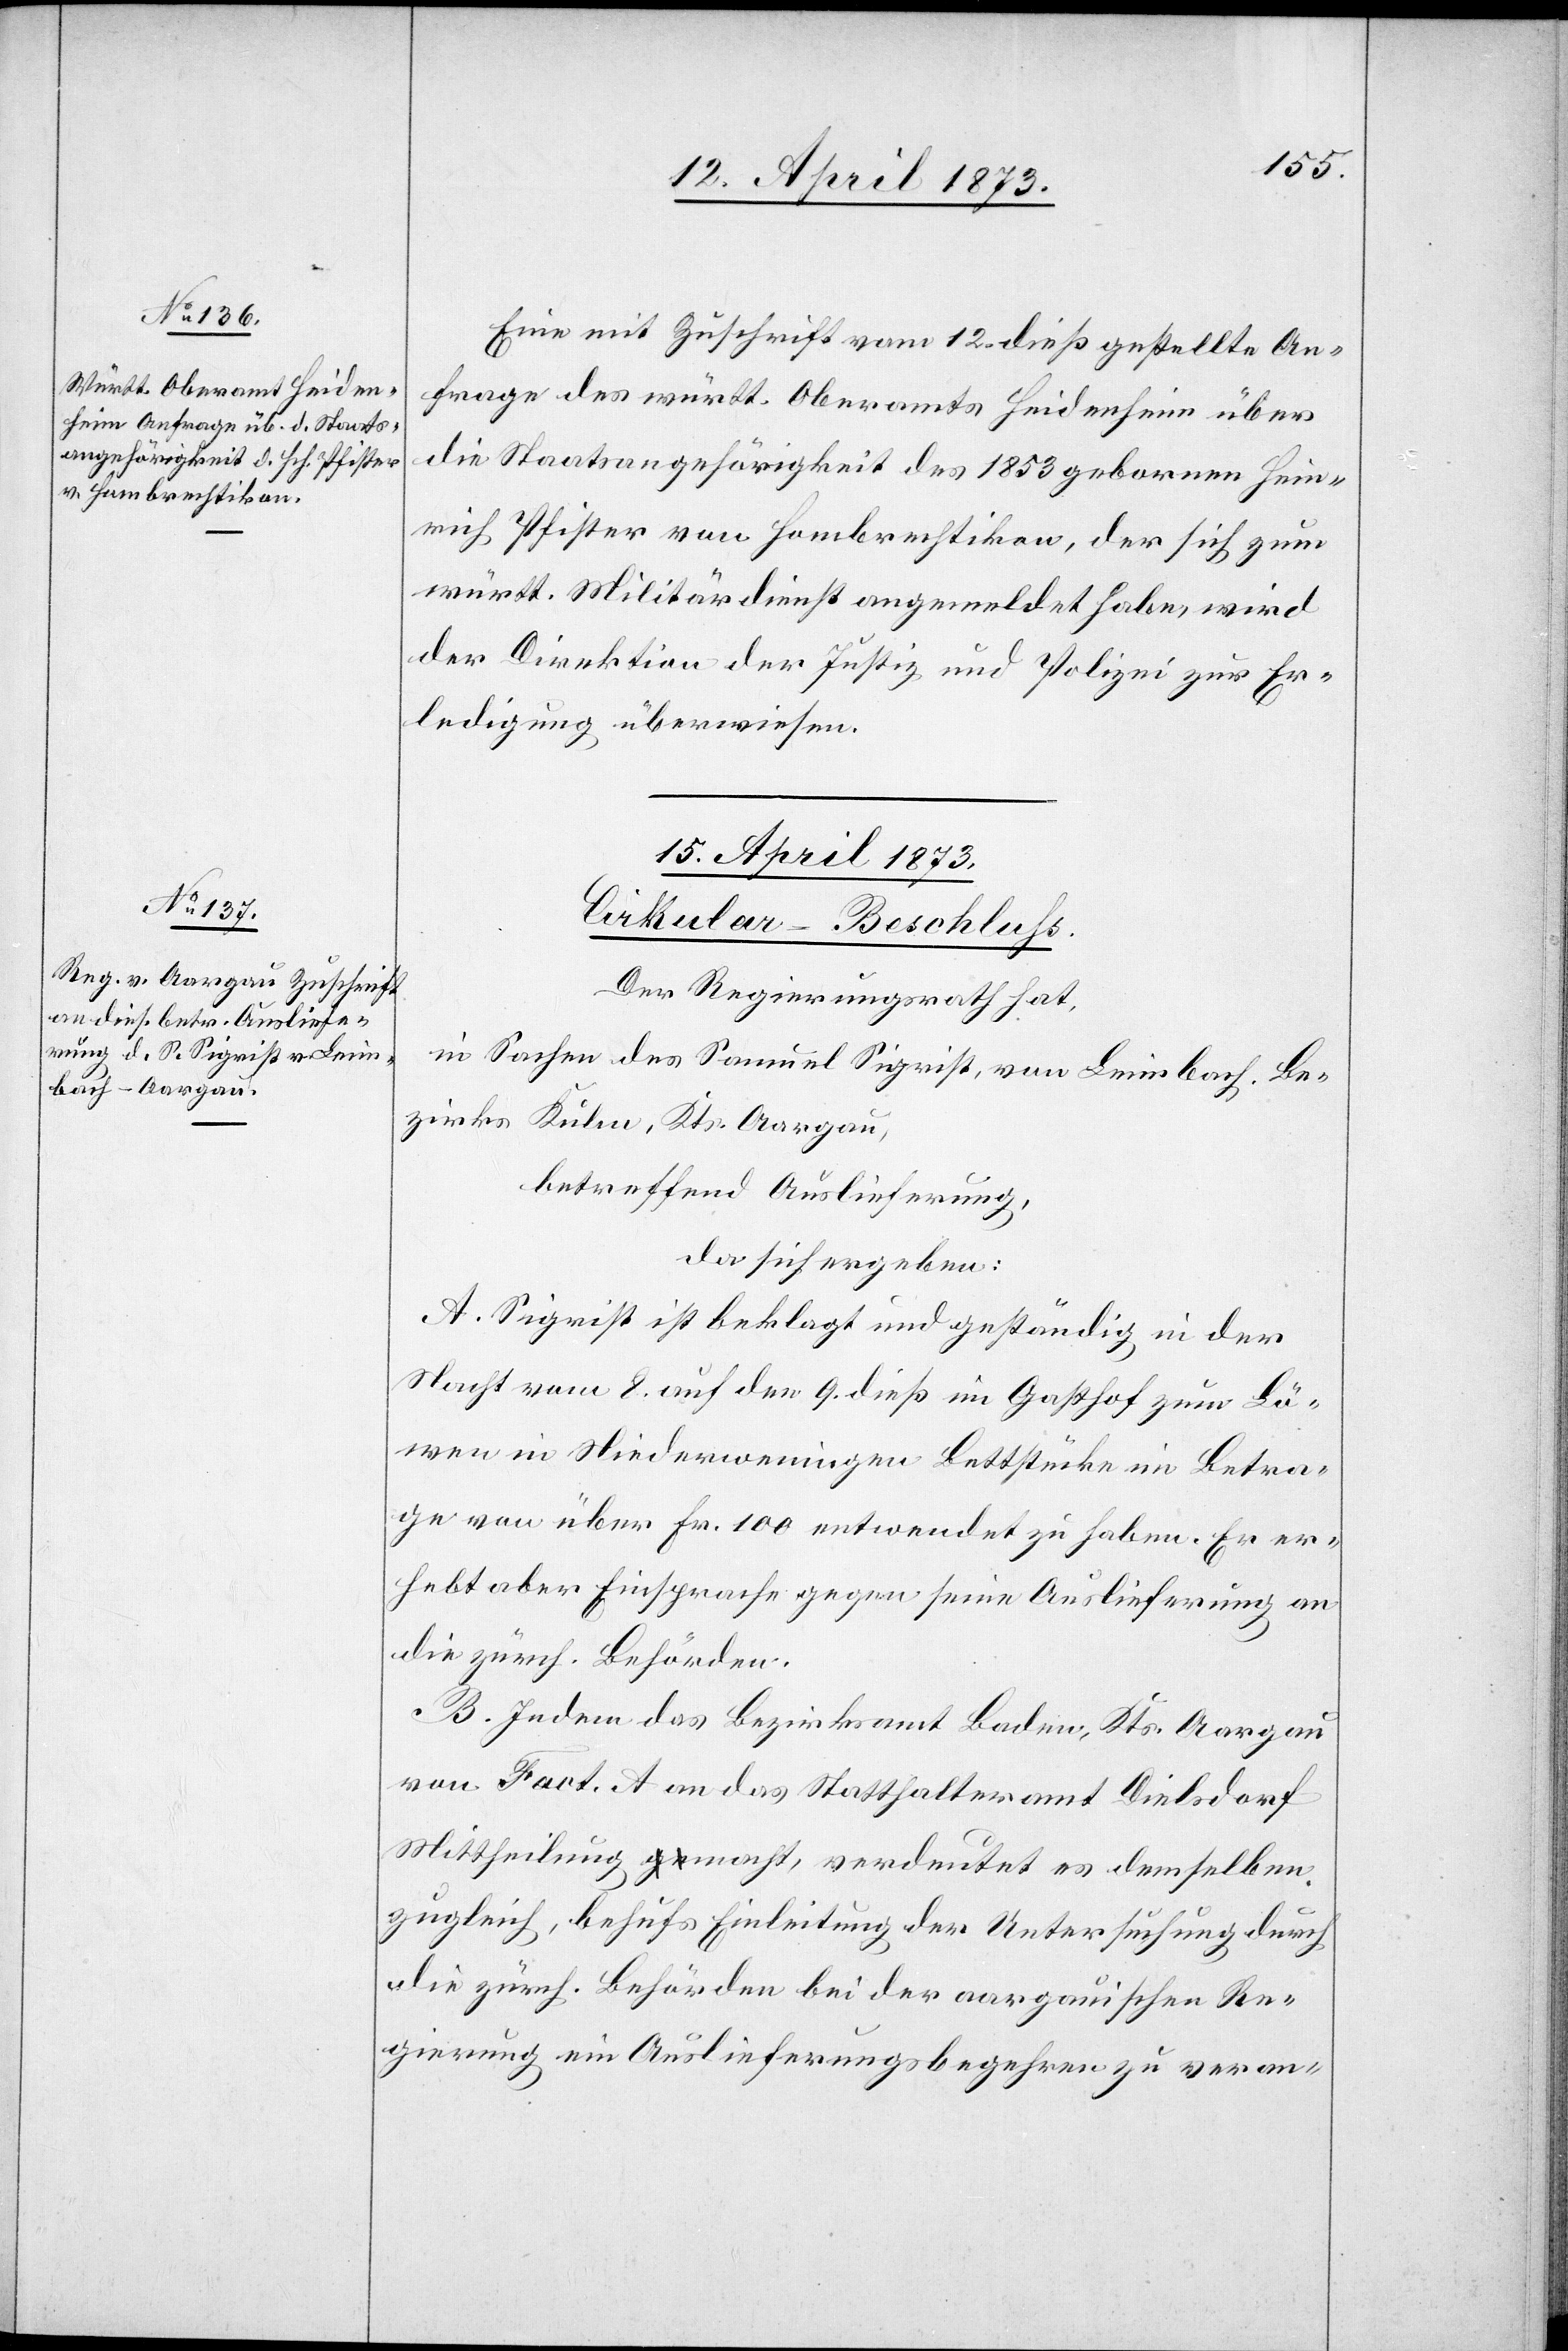
15. April 1873.]
Eine mit Zuschrift vom 12. dieß gestellte An¬
frage des württ. Oberamts Heidenheim über
die Staatsangehörigkeit des 1853 gebornen Hein¬
rich Pfister von Hombrechtikon, der sich zum
württ. Militärdienst angemeldet habe, wird
der Direktion der Justiz und Polizei zur Er¬
ledigung überwiesen.
15. April 1873.
Cirkular-Beschluss.
Der Regierungsrath hat,
in Sachen des Samuel Sigrist, von Leimbach, Be¬
zirks Kulm, Kts. Aargau,
betreffend Auslieferung,
da sich ergeben:
A. Sigrist ist beklagt und geständig in der
Nacht vom 8. auf den 9. dieß im Gasthof zum Lö¬
wen in Niederweningen Bettstücke im Betra¬
ge von über Fr. 100 entwendet zu haben. Er er¬
hebt aber Einsprache gegen seine Auslieferung an
die zürch. Behörden.
B. Indem das Bezirksamt Baden, Kts. Aargau
von Fact. A an das Statthalteramt Dielsdorf
Mittheilung macht, verdeutet es demselben
zugleich, behufs Einleitung der Untersuchung durch
die zürch. Behörden bei der aargauischen Re¬
gierung ein Auslieferungsbegehren zu veran-